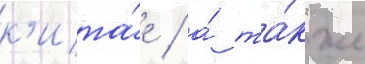
к'ита́е / а́ та́кже